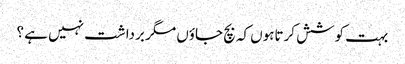
بہت کوشش کرتاہوں کہ بچ جاؤں مگر برداشت نہیں ہے ؟